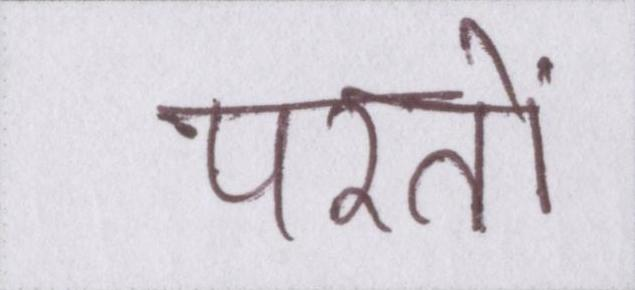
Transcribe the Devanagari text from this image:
परतों